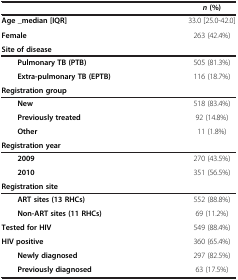
|  | n (%) |
 | --- | --- |
 | Age _median [IQR] | 33.0 [25.0-42.0] |
 | Female | 263 (42.4%) |
 | Site of disease |  |
 | Pulmonary TB (PTB) | 505 (81.3%) |
 | Extra-pulmonary TB (EPTB) | 116 (18.7%) |
 | Registration group |  |
 | New | 518 (83.4%) |
 | Previously treated | 92 (14.8%) |
 | Other | 11 (1.8%) |
 | Registration year |  |
 | 2009 | 270 (43.5%) |
 | 2010 | 351 (56.5%) |
 | Registration site |  |
 | ART sites (13 RHCs) | 552 (88.8%) |
 | Non-ART sites (11 RHCs) | 69 (11.2%) |
 | Tested for HIV | 549 (88.4%) |
 | HIV positive | 360 (65.4%) |
 | Newly diagnosed | 297 (82.5%) |
 | Previously diagnosed | 63 (17.5%) |